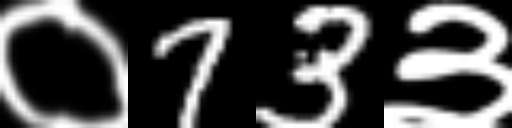
Text: ०73३